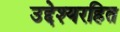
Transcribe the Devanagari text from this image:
उद्देश्यरहित